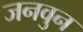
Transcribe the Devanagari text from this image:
जनवुन